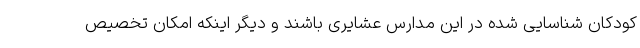
کودکان شناسایی شده در این مدارس عشایری باشند و دیگر اینکه امکان تخصیص